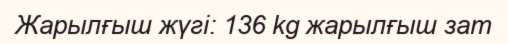
Жарылғыш жүгі: 136 kg жарылғыш зат